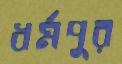
ধর্মপুর